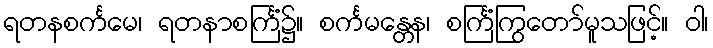
ရတနစင်္ကမေ၊ ရတနာစင်္ကြံ၌။ စင်္ကမန္တေန၊ စင်္ကြံကြွတော်မူသဖြင့်။ ဝါ၊